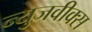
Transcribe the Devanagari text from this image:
न्युजवीक्स